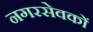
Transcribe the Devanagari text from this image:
नगरसेवकों